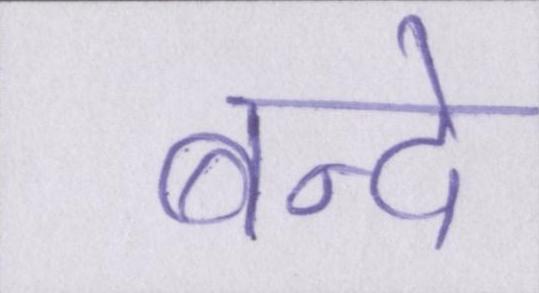
बन्दे